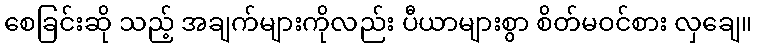
စေခြင်းဆို သည့် အချက်များကိုလည်း ပီယာများစွာ စိတ်မဝင်စား လှချေ။